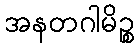
အနတဂါမိဉ္စ